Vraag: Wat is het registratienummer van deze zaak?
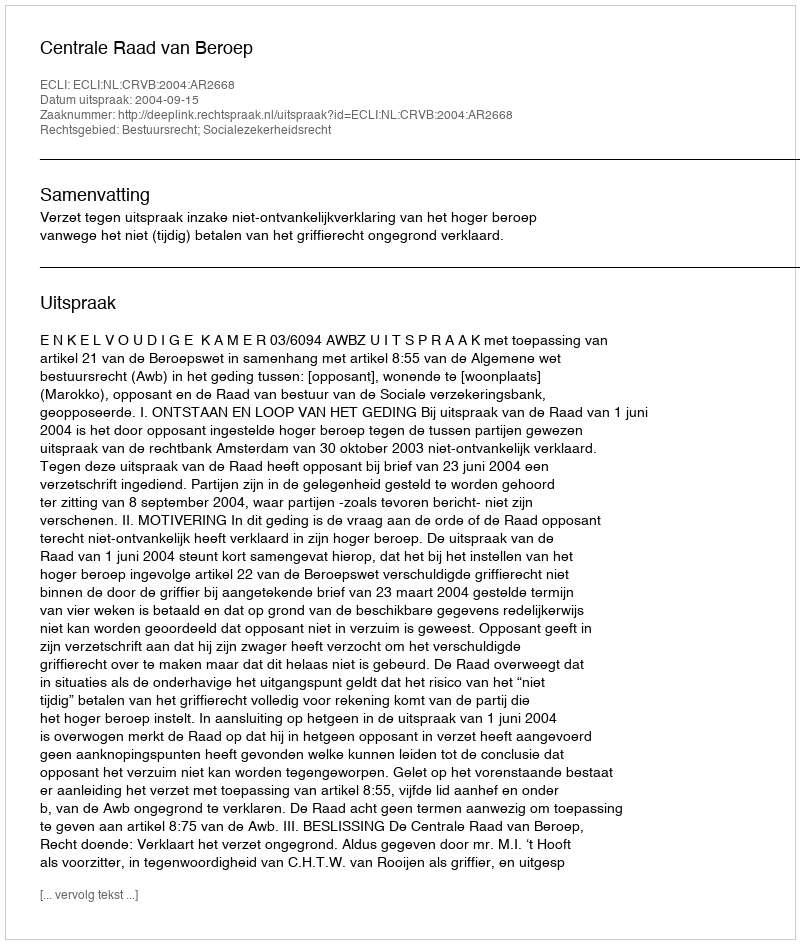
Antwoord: http://deeplink.rechtspraak.nl/uitspraak?id=ECLI:NL:CRVB:2004:AR2668